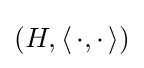
(H,\langle \,\cdot ,\cdot \,\rangle )